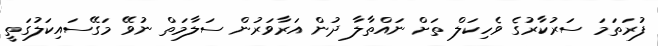
ފުރަތަމަ ސަރުކާރުގެ ވެހިކަލް ތަށް ނަައްތާލާ ދުން އަރާވަރުން ސަލާމަތް ނުވޭ މަގޭސައިކަލުގަތީ